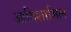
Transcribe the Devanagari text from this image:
आदिशामिल